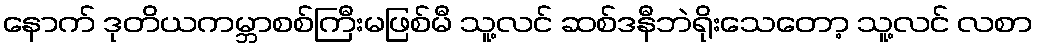
နောက် ဒုတိယကမ္ဘာစစ်ကြီးမဖြစ်မီ သူ့လင် ဆစ်ဒနီဘဲရိုးသေတော့ သူ့လင် လစာ